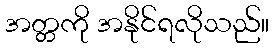
အတ္တကို အနိုင်ရလိုသည်။